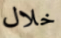
خلال